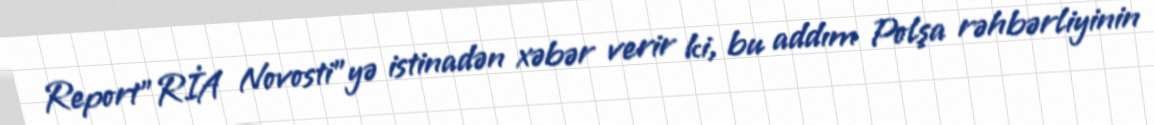
Report"RİA Novosti"yə istinadən xəbər verir ki, bu addım Polşa rəhbərliyinin